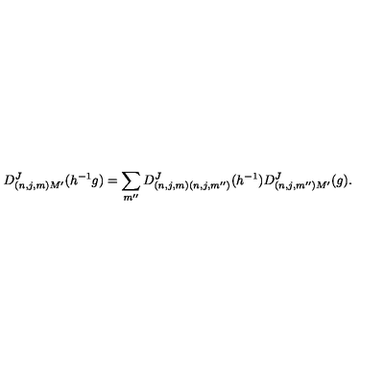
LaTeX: D _ { ( n , j , m ) M ^ { \prime } } ^ { J } ( h ^ { - 1 } g ) = \sum _ { m ^ { \prime \prime } } D _ { ( n , j , m ) ( n , j , m ^ { \prime \prime } ) } ^ { J } ( h ^ { - 1 } ) D _ { ( n , j , m ^ { \prime \prime } ) M ^ { \prime } } ^ { J } ( g ) .